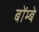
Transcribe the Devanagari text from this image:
बोंम्बे